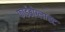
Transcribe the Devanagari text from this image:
फाईब्रोब्लास्ट